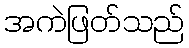
အကဲဖြတ်သည်